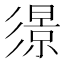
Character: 𢒬